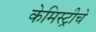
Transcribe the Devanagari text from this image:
केमिस्ट्रीचे